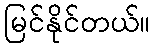
မြင်နိုင်တယ်။